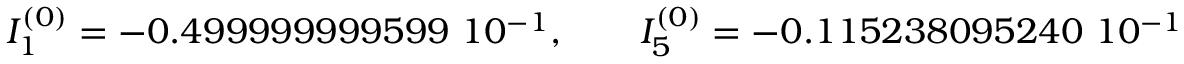
I _ { 1 } ^ { ( 0 ) } = - 0 . 4 9 9 9 9 9 9 9 9 5 9 9 \ 1 0 ^ { - 1 } , \qquad I _ { 5 } ^ { ( 0 ) } = - 0 . 1 1 5 2 3 8 0 9 5 2 4 0 \ 1 0 ^ { - 1 }